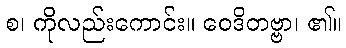
စ၊ ကိုလည်းကောင်း။ ဝေဒိတဗ္ဗာ၊ ၏။